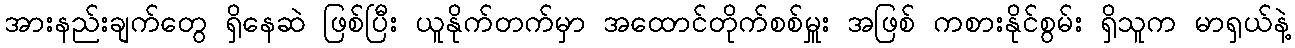
အားနည်းချက်တွေ ရှိနေဆဲ ဖြစ်ပြီး ယူနိုက်တက်မှာ အထောင်တိုက်စစ်မှူး အဖြစ် ကစားနိုင်စွမ်း ရှိသူက မာရှယ်နဲ့